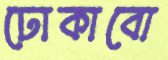
ঢোকাবো